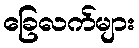
ခြေလက်များ